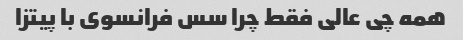
همه چی عالی فقط چرا سس فرانسوی با پیتزا